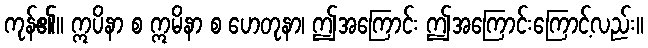
ကုန်၏။ ဣပိနာ စ ဣမိနာ စ ဟေတုနာ၊ ဤအကြောင်း ဤအကြောင်းကြောင့်လည်း။